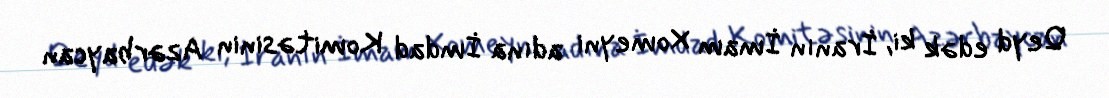
Qeyd edək ki, İranın İmam Xomeyni adına İmdad Komitəsinin Azərbaycan